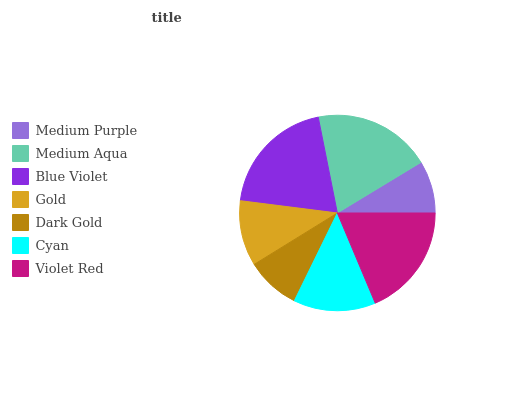
| Medium Purple | Medium Aqua | Blue Violet | Gold | Dark Gold | Cyan | Violet Red |
 | --- | --- | --- | --- | --- | --- | --- |
 | 8.68% | 19.4% | 19.9% | 10.8% | 8.95% | 13.6% | 18.6% |